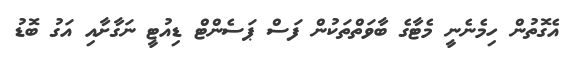
އެގޮތުން ހިމެނެނީ މެޓާގެ ބާވަތްތަކުން ފަސް ޕަސެންޓް ޑިއުޓީ ނަގާށާއި އަގު ބޮޑު